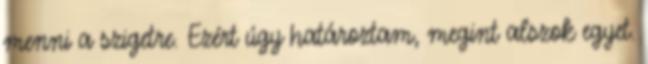
menni a szigetre. Ezért úgy határoztam, megint alszok egyet.